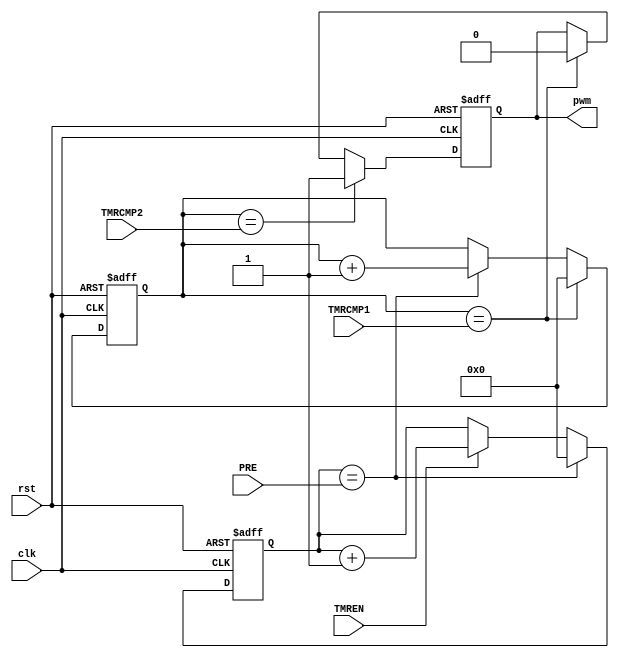
/*
	Mohamed Shalan (mshalan@aucegypt.edu)
*/

/*
	A simple 32-bit PWM generator
	PRE: clock prescalar (tmer_clk = clk / (PRE+1))
	TMRCMP1: Timer CMP register (period)
	TMRCMP2: PWN level change Comparator

	PWM period = (TMRCMP1 + 1)/timer_clk = (TMRCMP1 + 1)*(PRE + 1)/clk
	PWM off cyle % = (TMRCMP1 + 1)/(TMRCMP2 + 1)
*/

`timescale 1ns/1ps
`default_nettype none

module PWM32 (
		input wire clk,
		input wire rst,
		input wire [31:0] PRE,
		input wire [31:0] TMRCMP1,
		input wire [31:0] TMRCMP2,
		input wire 				TMREN,
		output reg pwm
	);

	reg [31:0]	TMR;
	reg [31:0] 	clkdiv;
	wire 		timer_clk = (clkdiv==PRE) ;
	wire 		tmrov = (TMR == TMRCMP1);
	wire 		pwmov = (TMR == TMRCMP2);

	// Prescalar
	always @(posedge clk or posedge rst)
	begin
		if(rst)
			clkdiv <= 32'd0;
		else if(timer_clk)
			clkdiv <= 32'd0;
		else if(TMREN)
			clkdiv <= clkdiv + 32'd1;
	end

	// Timer
	always @(posedge clk or posedge rst)
	begin
		if(rst)
			TMR <= 32'd0;
		else if(tmrov)
			TMR <= 32'd0;
		else if(timer_clk)
			TMR <= TMR + 32'd1;
	end

	// PWM Output
	always @(posedge clk or posedge rst)
	begin
		if(rst)
			pwm <= 1'd0;
		else if(pwmov)
			pwm <= 1'd1;
		else if (tmrov)
			pwm <= 1'd0;
	end

endmodule